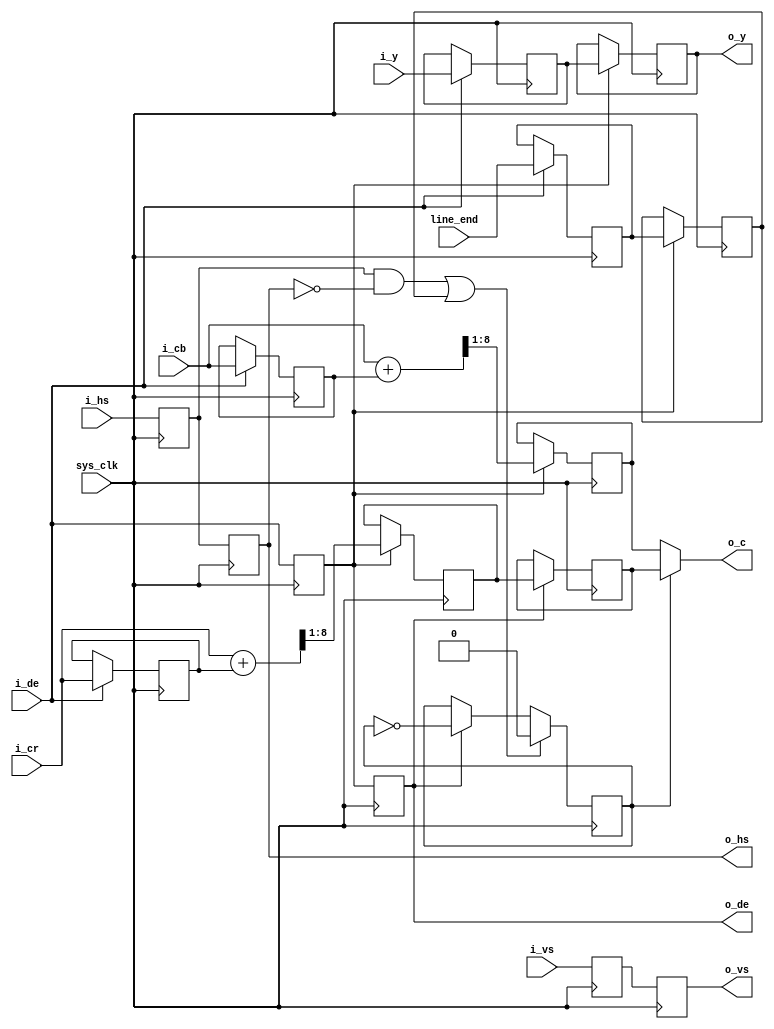
/*******************************************************/
/****                                                  */
/****	*****/
/****                                                  */
/*******************************************************/
/*YUV444 YUV422*/
/* */
module yuv444_yuv422(
	input sys_clk,/**/
	input i_hs,/**/
	input line_end,/* */
	input i_vs,
	input i_de,/**/
	input[7:0] i_y,/*Y */
	input[7:0] i_cb,/*CbU */
	input[7:0] i_cr,/*Cr(V) */
	output o_hs,
	output o_vs,
	output o_de,/* */
	output[7:0] o_y,/* Y*/
	output[7:0] o_c/*CbCrCbCr */
);
reg i_de_d0  = 1'b0;/*i_de  */
reg i_de_d1  = 1'b0;/*i_de_d0 */
reg i_hs_d0  = 1'b0;/*i_hs  */
reg i_hs_d1  = 1'b0;/*i_hs_d0  */
reg i_vs_d0  = 1'b0;/*i_hs  */
reg i_vs_d1  = 1'b0;/*i_hs_d0  */

reg [7:0] i_y_d0 = 8'd0;/*i_y  */
reg [7:0] i_y_d1 = 8'd0;/*i_y_d0  */
reg [7:0] i_cb_d0 = 8'd0;/*i_cb  */
reg [7:0] i_cr_d0 = 8'd0;/*i_cr  */
reg [7:0] cb = 8'd0;
reg [7:0] cr = 8'd0;
reg [7:0] cr_d0 = 8'd0;
reg line_end_d0;
reg line_end_d1;
wire[8:0] cb_add;
wire[8:0] cr_add;
reg c_flag = 1'b0;
assign cb_add = {1'b0,i_cb} + {1'b0,i_cb_d0};/*cb */
assign cr_add = {1'b0,i_cr} + {1'b0,i_cr_d0};/*cr */

always@(posedge sys_clk)
begin
	if(i_de)
		begin
			i_y_d0 <= i_y;
			i_cb_d0 <= i_cb;
			i_cr_d0 <= i_cr;
			line_end_d0 <= line_end;
		end
	else
		begin
			i_y_d0 <= i_y_d0;
			i_cb_d0 <= i_cb_d0;
			i_cr_d0 <= i_cr_d0;
			line_end_d0 <= line_end_d0;
		end
	i_de_d0 <= i_de;
	i_vs_d0 <= i_vs;
end

always@(posedge sys_clk)
begin
	if(i_de_d0)
		begin
			i_y_d1 <= i_y_d0;
			cb <= cb_add[8:1];/*cb */
			cr <= cr_add[8:1];/*cr */
			line_end_d1 <= line_end_d0;
		end
	else
		begin
			i_y_d1 <= i_y_d1;
			cb <= cb;
			cr <= cr;
			line_end_d1 <= line_end_d1;
		end
	i_de_d1 <= i_de_d0;
	i_vs_d1 <= i_vs_d0;
end

always@(posedge sys_clk)
begin
	i_hs_d0 <= i_hs;
	i_hs_d1 <= i_hs_d0;
end

always@(posedge sys_clk)
begin
	if((i_hs_d0 & ~i_hs_d1) | line_end_d1)
		begin
			c_flag <= 1'b0;
		end
	else if(i_de_d1)///////////////////////////
		begin
			c_flag <= ~c_flag;/*CCbCr */
		end
	else
		begin
			c_flag <= c_flag;
		end
end
always@(posedge sys_clk)
begin
	if(i_de_d1)
		cr_d0 <= cr;
	else
		cr_d0 <= cr_d0;
end
assign o_c = c_flag ?  cr_d0 : cb;
assign o_y = i_y_d1;
assign o_de = i_de_d1;
assign o_hs = i_hs_d1;
assign o_vs = i_vs_d1;

endmodule